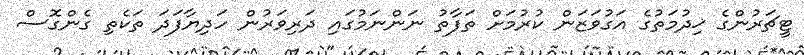
ޓީޗަރުންގެ ޚިދުމަތުގެ އަގުވަޒަން ކުރުމަށް ތަފާތު ނަންނަމުގައި ދަރިވަރުން ހަދިޔާފަދަ ތަކެތި ގެންގޮސް